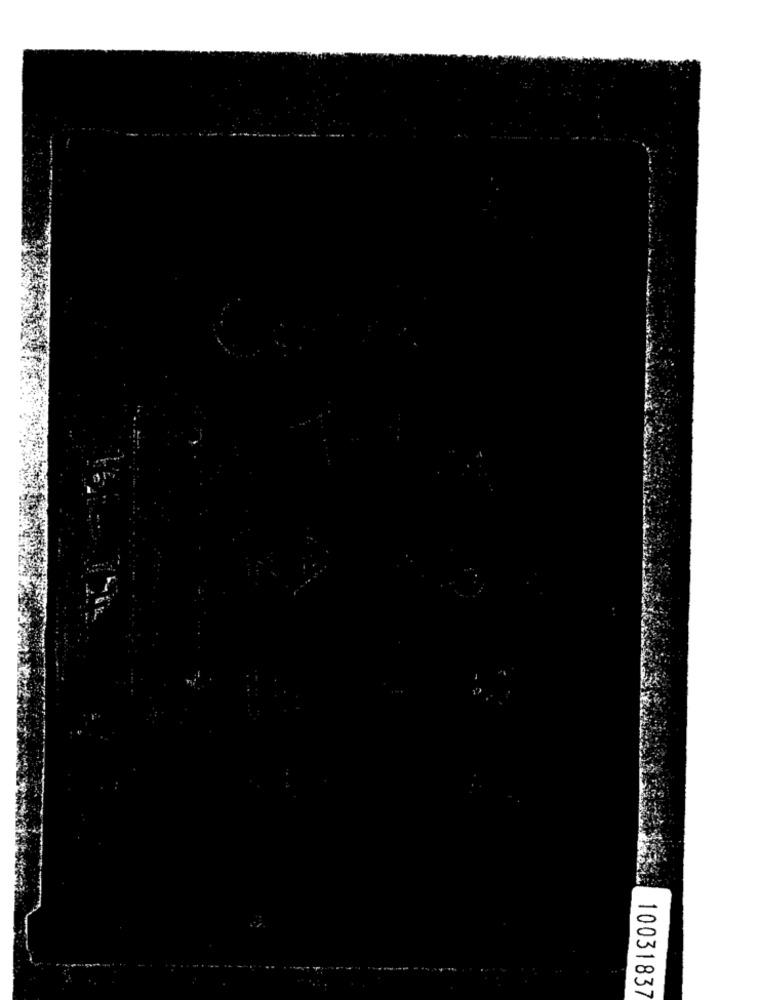
10031837